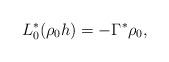
LaTeX: \begin{align*}L_0^*(\rho_0h)=-\Gamma^*\rho_0,\end{align*}